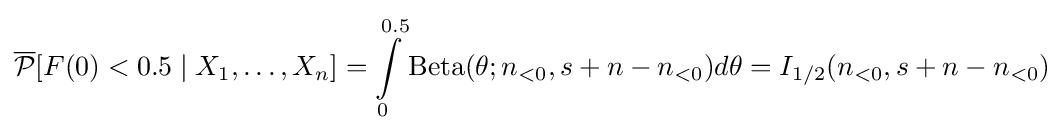
{\overline {\mathcal {P}}}[F(0)<0.5\mid X_{1},\dots ,X_{n}]=\int \limits _{0}^{0.5}\mathrm {Beta} (\theta ;n_{<0},s+n-n_{<0})d\theta =I_{1/2}(n_{<0},s+n-n_{<0})